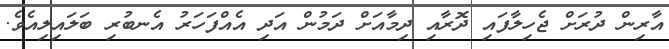
އާރިން ދުރަށް ޖެހިލާފައި ދޮރާއި ދިމާއަށް ދަމުން އަދި އެއްފަހަރު އެނބުރި ބަލައިލިއެވެ.